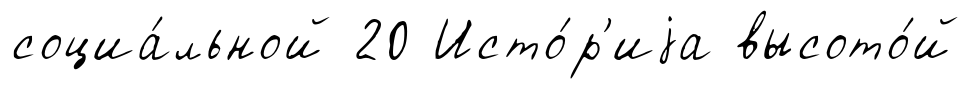
социа́льной 20 Исто́р'иjа высото́й